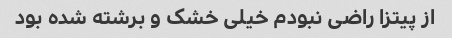
از پیتزا راضی نبودم خیلی خشک و برشته شده بود